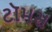
ટૉમસ